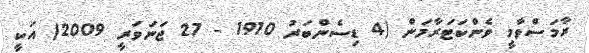
ރާމަސްވާމީ ވެންކަޓަރާމަން (4 ޑިސެންބަރު 1910 - 27 ޖަނަވަރީ 2009) އަކީ